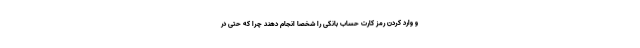
و وارد کردن رمز کارت حساب بانکی را شخصاً انجام دهند چرا که حتی در